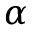
\alpha